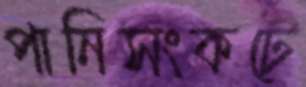
পানিসংকটে